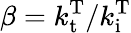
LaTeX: \beta=k_{\mathrm{t}}^{\mathrm{T}}/k_{\mathrm{i}}^{\mathrm{T}}